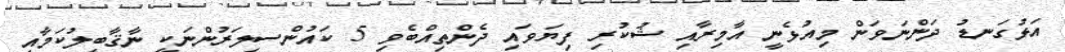
އަޅުގަނޑު ދަންނަވަން މިއުޅެނީ އާމިރާއި ޝުކުރި ފިޔަވައި ދެންތިއްބެވި 5 ކައުންސިލަރުންނަކީ ނާޤާބިލުކަމާއި